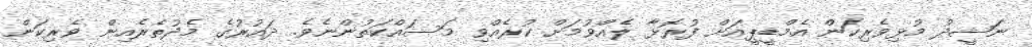
ނަޝީދު މުޅިވެރިކަން އެމްޑީޕީއަށް ފުރޮޅާ ލެއްވުމަށް ކުރެއްވި މަސައްކަތުންނެވެ. ދައުރުގެ މެދުތެރެއިން ވެރިކަން